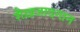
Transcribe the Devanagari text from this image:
शैख़जादगान